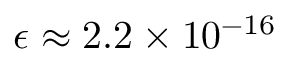
\epsilon \approx 2 . 2 \times 1 0 ^ { - 1 6 }